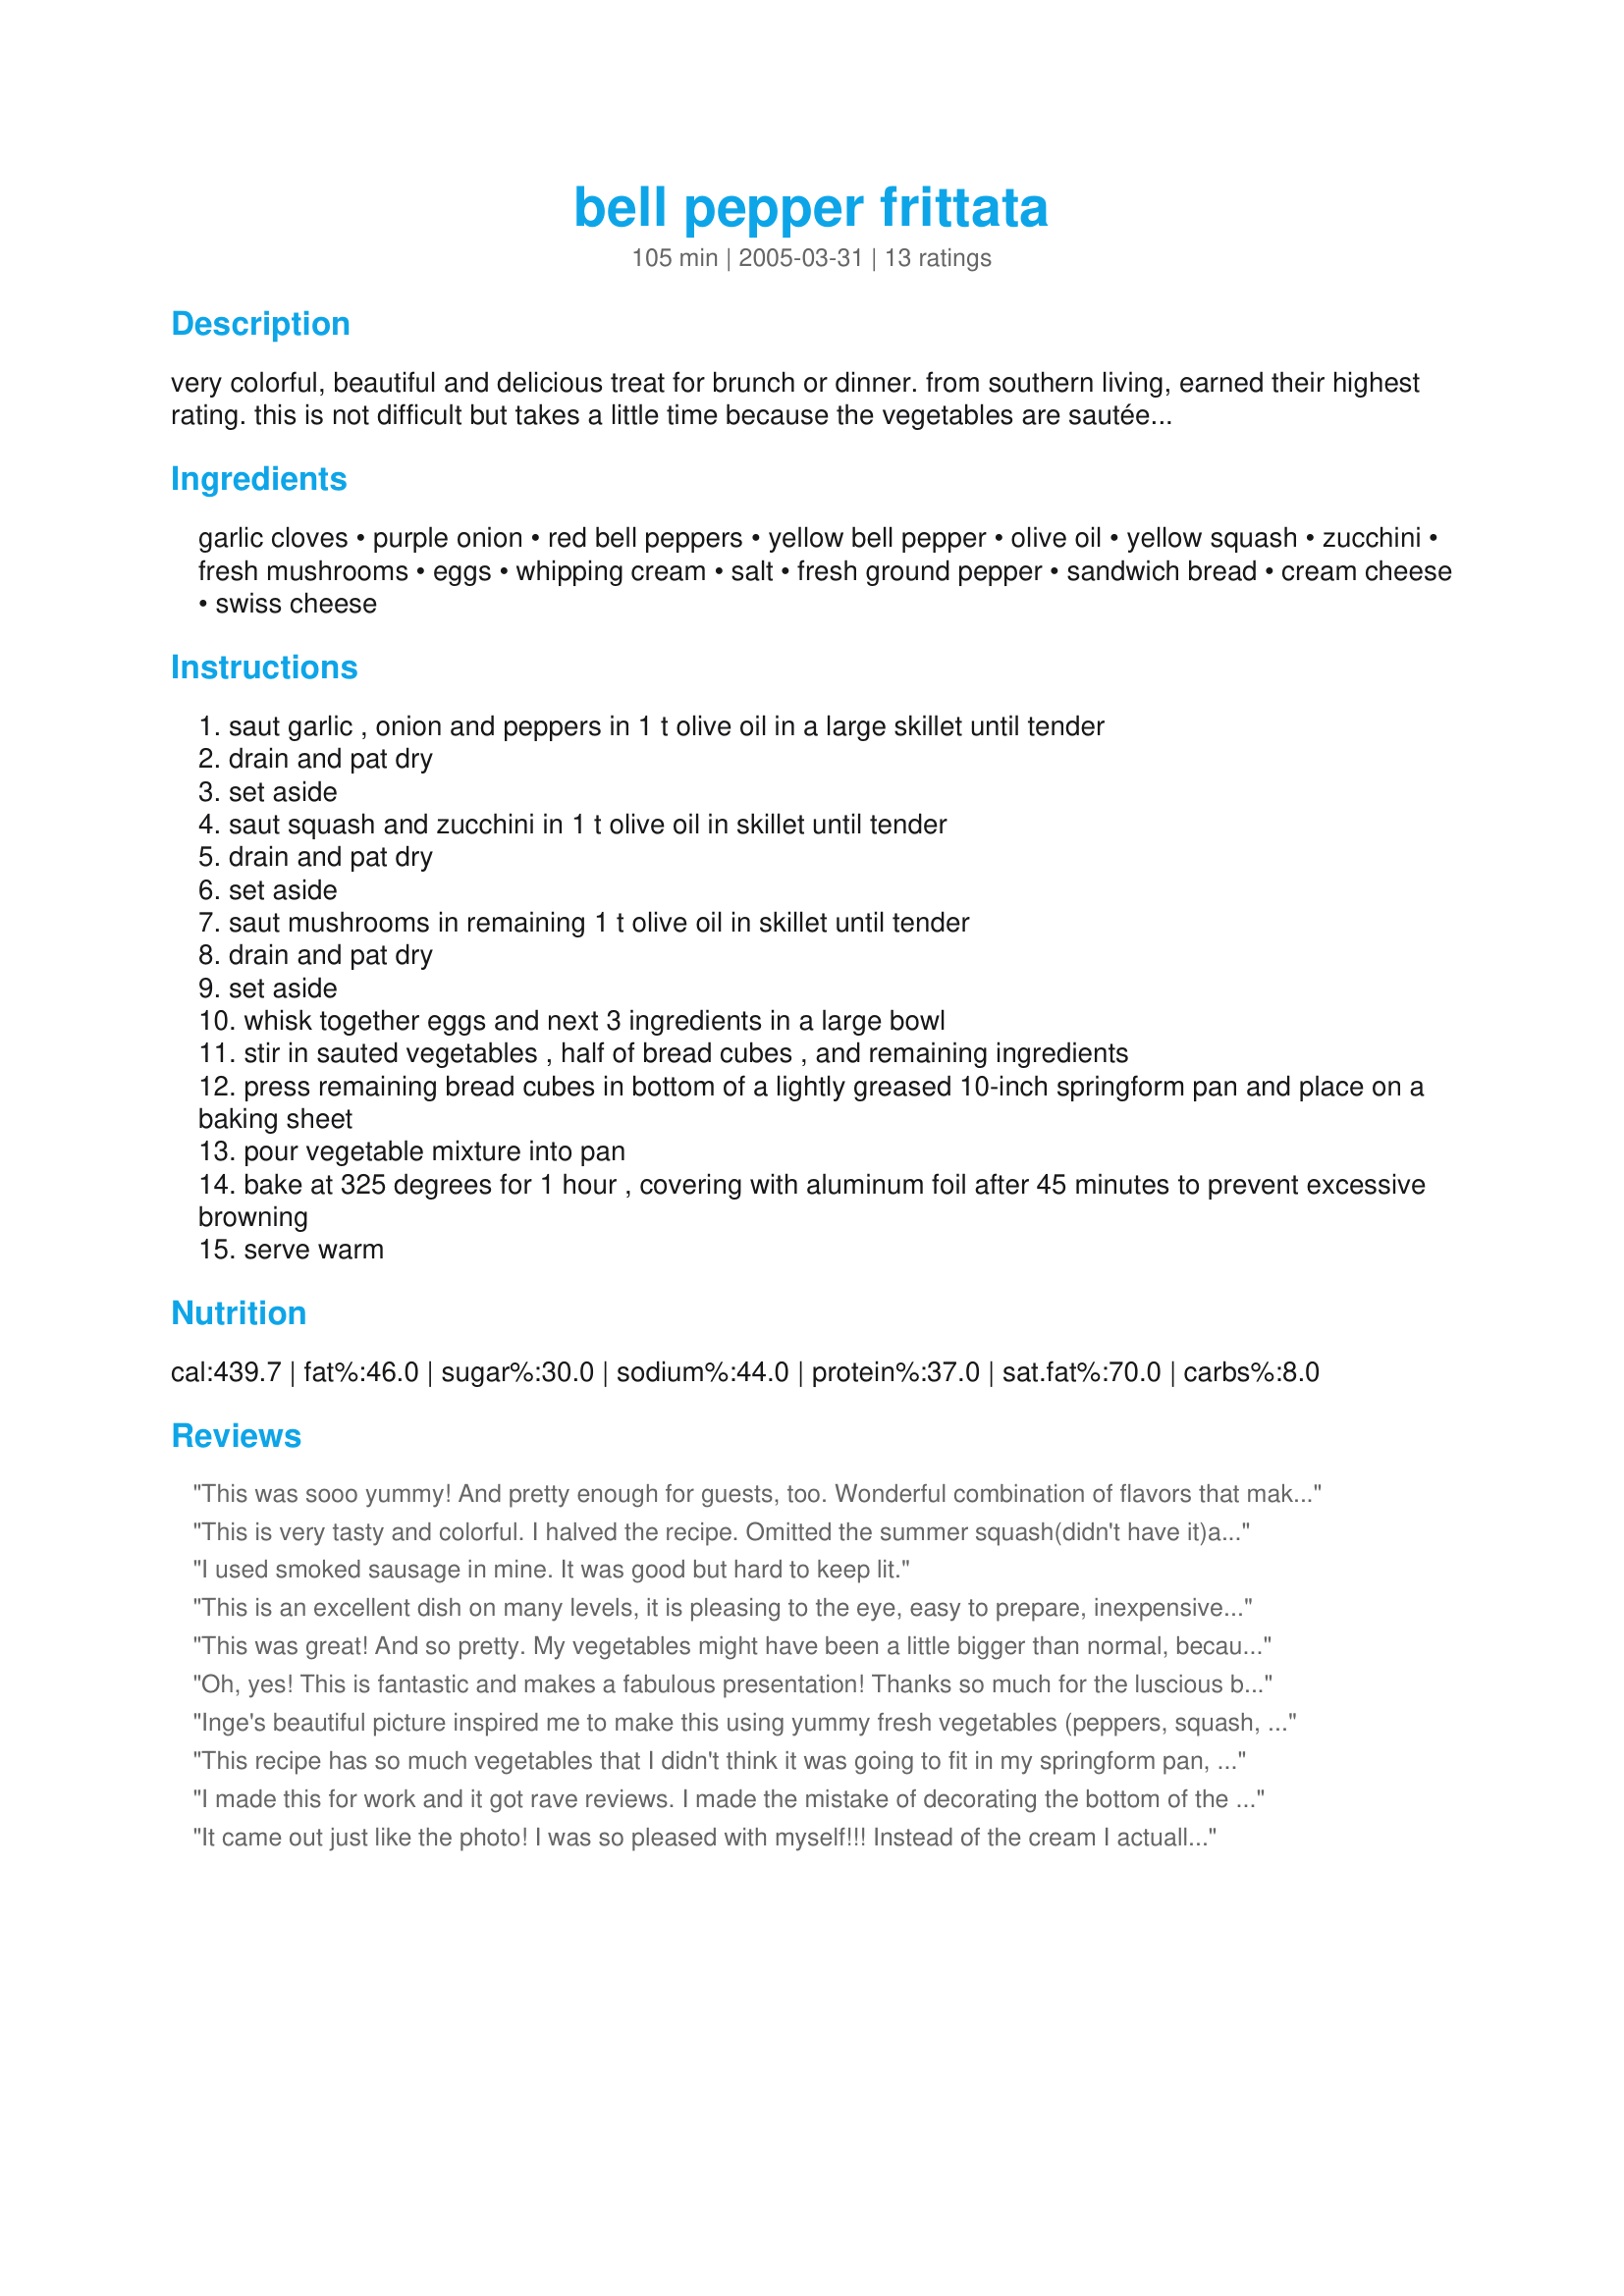
bell pepper frittata
Preparation time: 105 minutes

very colorful, beautiful and delicious treat for brunch or dinner. from southern living, earned their highest rating. this is not difficult but takes a little time because the vegetables are sautéed separately. i've also made this in a 13x9 pan, it's just not as pretty.

Ingredients:
garlic cloves, purple onion, red bell peppers, yellow bell pepper, olive oil, yellow squash, zucchini, fresh mushrooms, eggs, whipping cream, salt, fresh ground pepper, sandwich bread, cream cheese, swiss cheese

Steps:
saut garlic , onion and peppers in 1 t olive oil in a large skillet until tender
drain and pat dry
set aside
saut squash and zucchini in 1 t olive oil in skillet until tender
drain and pat dry
set aside
saut mushrooms in remaining 1 t olive oil in skillet until tender
drain and pat dry
set aside
whisk together eggs and next 3 ingredients in a large bowl
stir in sauted vegetables , half of bread cubes , and remaining ingredients
press remaining bread cubes in bottom of a lightly greased 10-inch springform pan and place on a baking sheet
pour vegetable mixture into pan
bake at 325 degrees for 1 hour , covering with aluminum foil after 45 minutes to prevent excessive browning
serve warm

Reviews:
This was sooo yummy! And pretty enough for guests, too. Wonderful combination of flavors that make a beautiful vegetarian dish.It was moist, the individual flavors of the vegetables stood out nicely, due to their being fried seperately. We had it for dinner and I successfully reheated some leftover piece the next day for 10 minutes in the 400 F oven. Almost as good as fresh! - 
Things I made different: I halved the recipe and baked in a 7 inch springform. It still needed 1 hour at 325 F. Yellow squash was unavailable, so I subed with zucchini, and knowing that we eat less salty than the average, I used 2/3 of the salt in the recipe ( 2 t for the whole recipe), which was just right for us. Thank You LonghornMama. :)
This is very tasty and colorful. I halved the recipe. Omitted the summer squash(didn't have it)and the salt. I used 12 grain bread and added some hot turkey sausage, cooked and drained. I baked in a loaf pan. This is on my "for company"list. Thanks for sharing.
I used smoked sausage in mine. It was good but hard to keep lit.
This is an excellent dish on many levels, it is pleasing to the eye, easy to prepare, inexpensive ingredients easy to find in the market and good for vegetarians too. I prepared it as written except replaced the Swiss cheese with Gouda (can't find Swiss cheese much in Asia) 3 guests asked for recipe to take home! Good stuff, if I could give it more stars, I would.
This was great! And so pretty. My vegetables might have been a little bigger than normal, because you really couldn't see the egg at all. It did manage to hold together, though - I let it sit 15 minutes before cutting. ..I cooked all of the vegetables, cubed the bread, and grated the swiss the night before, so the morning prep went very quickly. ..The cream cheese in this is wonderful. Our guest really liked it. Thanks so much!!
Oh, yes! This is fantastic and makes a fabulous presentation! Thanks so much for the luscious breakfast and dinner frittata.
Inge's beautiful picture inspired me to make this using yummy fresh vegetables (peppers, squash, zucchini, onions) from the farmer's market. I halved the recipe and cooked it in an 8 x 8-inch square pan; it came out a little flatter than the picture, but still very pretty and didn't hurt the flavor any. I only used 1 tsp of salt as I'm used to very little salt on my food now. For cheese I used half Swiss and half gruyere. Wonderful, wonderful, wonderful.
This recipe has so much vegetables that I didn't think it was going to fit in my springform pan, but it did. I brought it over to my neighbor's place for our HOA meeting and everyone really like it! I, being very critical of my own cooking, didn't think it was great. It was good, but I thought it needed more salt and flavor. I had already salted all the vegetables while cooking and added 2 1/2 tsp. salt in the egg mixture and it still wasn't salty enough. I also didn't feel like there were enough eggs because it just wasn't eggy enough. It's more like a vegetarian pie. I used 1 1/2 cups of swiss and 1/2 cup of Gruyere and thought that's a lot of cheese, but it wasn't. Actually, I thought it could use a little more cheese. I do, however, love the presentation. Although, my photos didn't come out as nice as the other ones. Overall, a good recipe. Thank you!
I made this for work and it got rave reviews. I made the mistake of decorating the bottom of the springform pan before placing the bread cubes on top LOL. Actually, you can decorate the frittata at the end since you don't turn the frittata upside down. I used a combination of whole wheat and white bread cubes. The wheat bread held its shape more. This is really loaded with veggies and it was so pretty no one wanted to cut into it. Even after I cut it, it was still beautiful. Once someone had the first piece it disappeared like magic! Thank you for sharing your recipe LonghornMama!
It came out just like the photo! I was so pleased with myself!!! Instead of the cream I actually used lite cottage cheese. Tasted soooooooooo good! My boyfriend could have eaten the whole thing himself given the chance!!!
I made this as part of our Easter dinner for my daughter who is a vegetarian. For once, I thought I would not just provide the traditional vegetarian lasagna. The rest of the family are meat-eaters but I want to respect my daughter’s dietary preferences without being over-whelmed. This, dish was a crowd pleaser; it was something new and was visually appealing. Even though, it included a good dose of squash, the boys ate it without complaint. I did have to carefully monitor the cooking to get it come out right. In my oven, it took longer than expected.
Very nice and presentable dish! I love the basic idea of it. Anyhow, I think flavor can be intesified, more mediterranean, by using strong goats cheese for cream cheese and using some herb, I used 2 tsp Herbs de Provence mixture mixed in eggs. Beautiful!
This was excellent! I took this to work for a "going away party" for a co-worker who got a new job. Everyone raved over it and asked for the recipe. I followed your directions almost exactly. I did have to use a mix of yellow and white cheddar cheese instead of Swiss, and I used whole wheat bread for the bread. This had a wonderful flavor and the presentation was beautiful! Thanks LonghornMama for another wonderful recipe!
